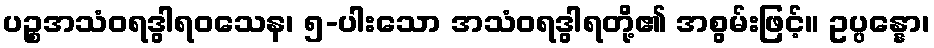
ပဉ္စအသံဝရဒွါရဝသေန၊ ၅-ပါးသော အသံဝရဒွါရတို့၏ အစွမ်းဖြင့်။ ဥပ္ပန္နော၊